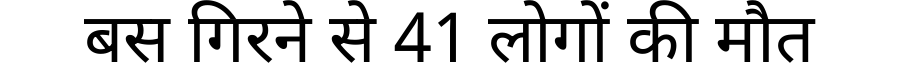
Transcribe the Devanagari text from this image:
बस गिरने से 41 लोगों की मौत